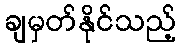
ချမှတ်နိုင်သည့်